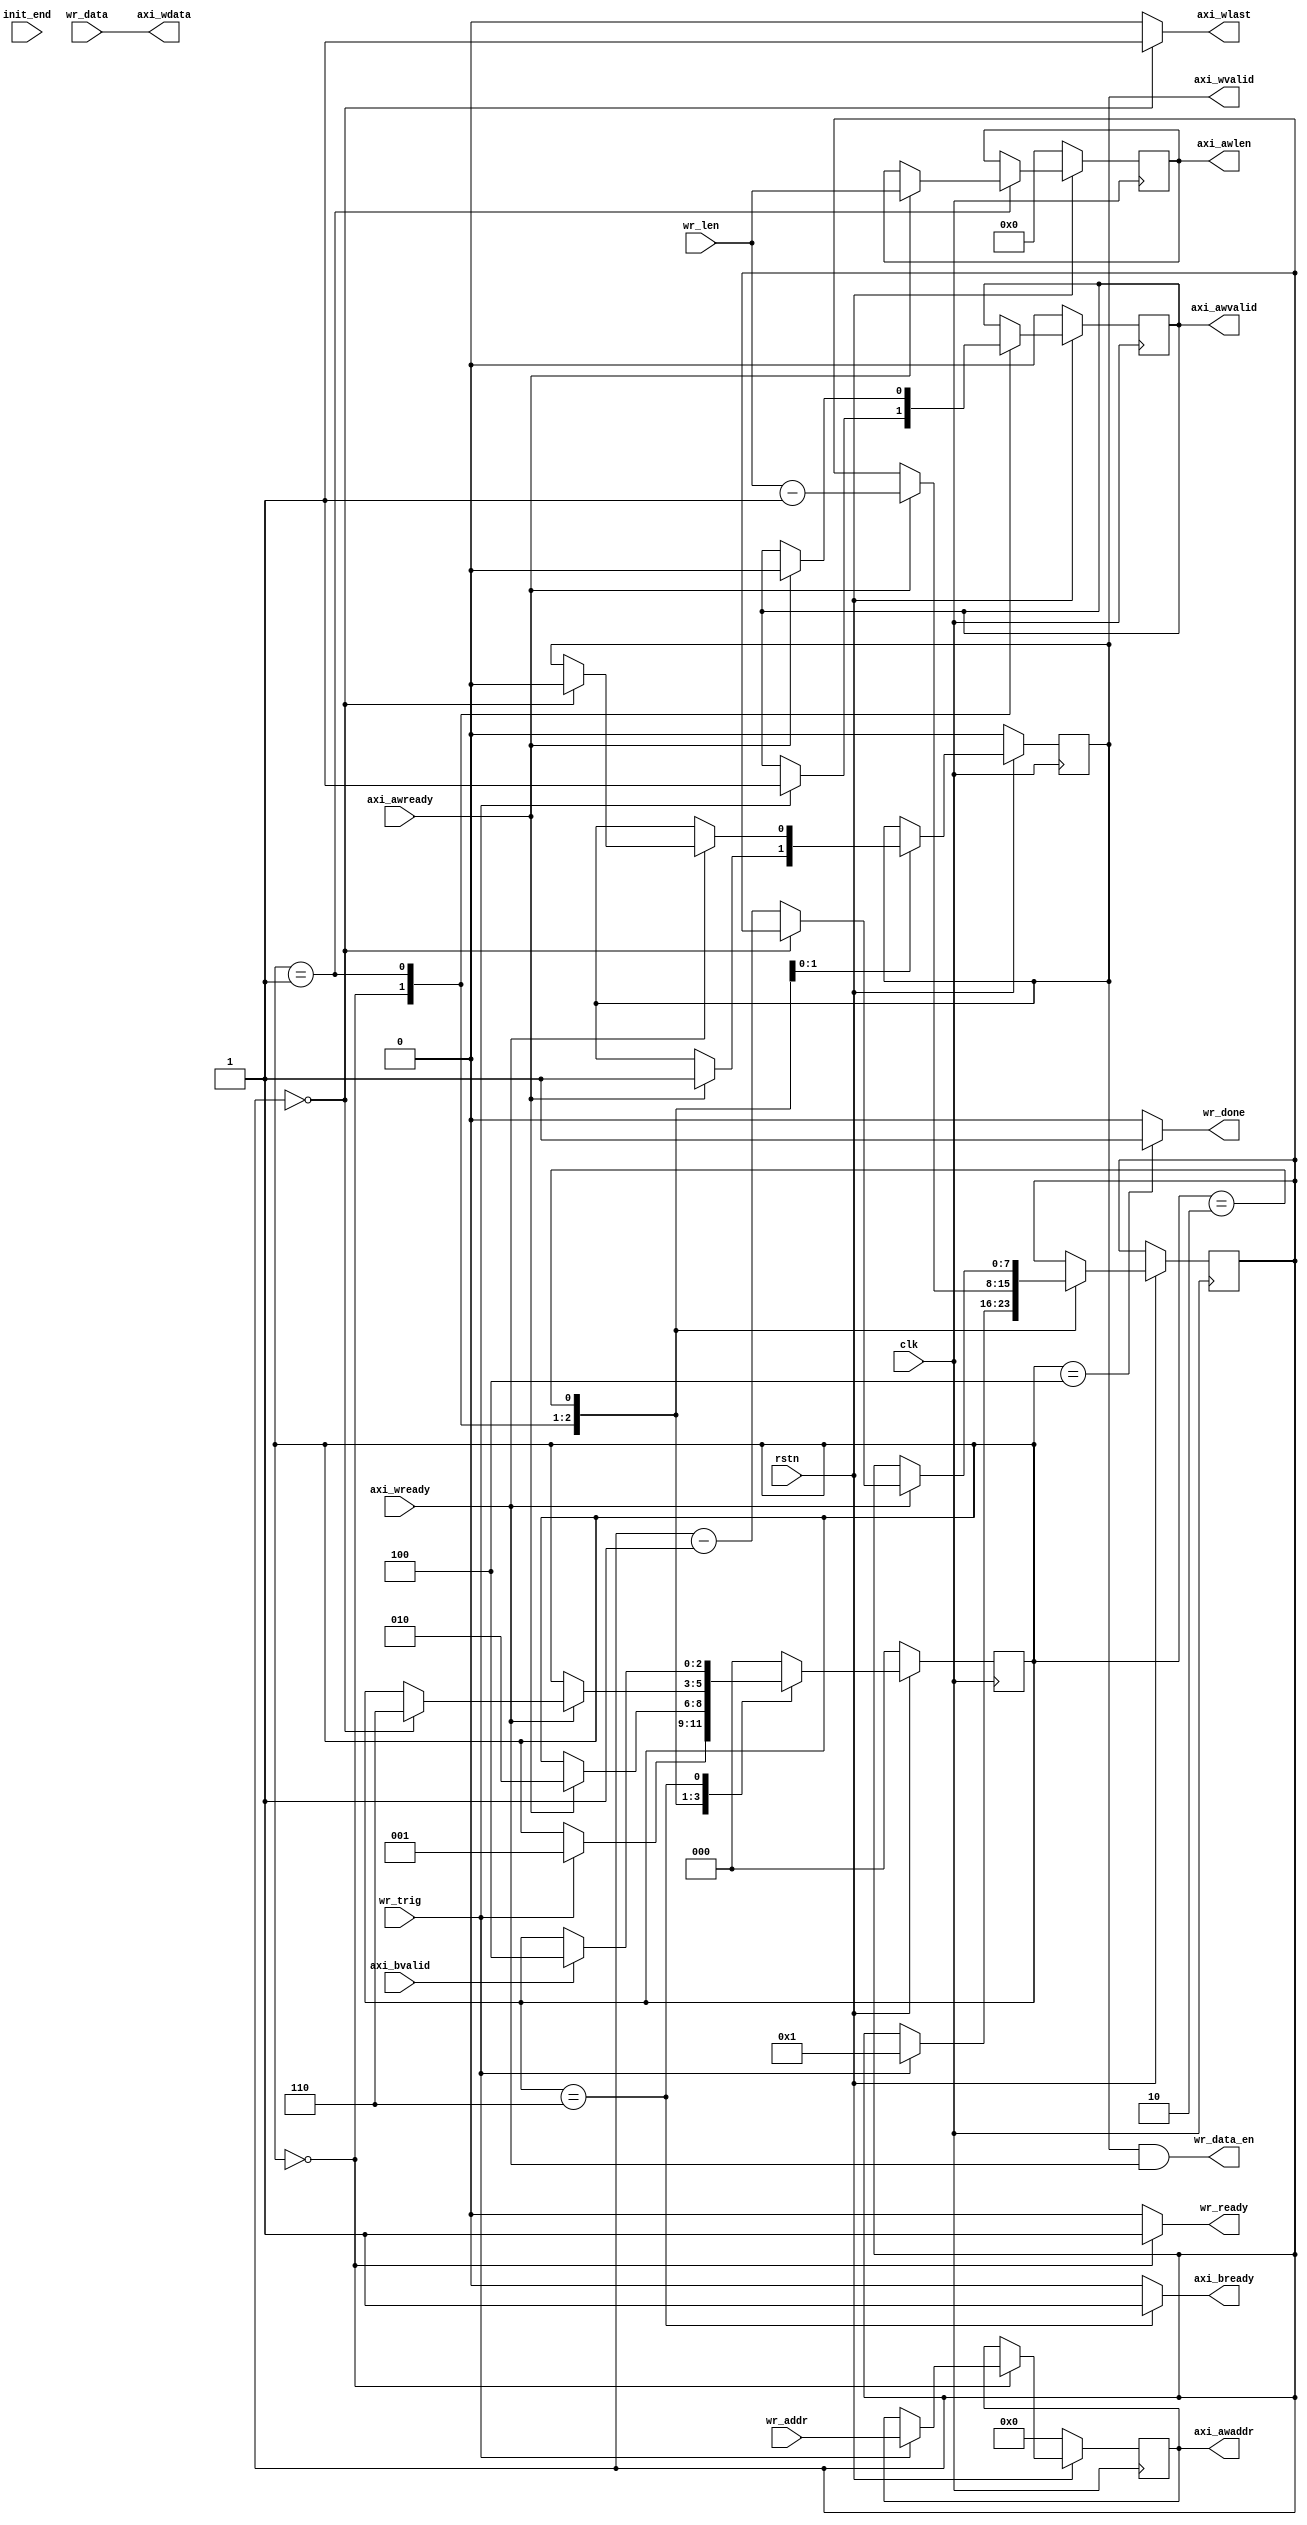
module axi_wr_master #(
    parameter           ADDR_WIDTH  = 27,
    parameter           DATA_WIDTH  = 16,
    parameter           DATA_LEVEL  = 2,
    parameter           COL_BITS    = 10, // Number of Column bits
    parameter   [7:0]   WBURST_LEN  = 8'd8,
    parameter   [7:0]   RBURST_LEN  = 8'd8 
)(
    input   wire                        rstn,
    input   wire                        clk,
    input   wire                        init_end,

    input   wire                        wr_trig,
    input   wire                [7:0]   wr_len,
    input   wire     [DATA_WIDTH-1:0]   wr_data,
    output  wire                        wr_data_en,
    input   wire     [ADDR_WIDTH-1:0]   wr_addr,
    output  wire                        wr_ready,
    output  wire                        wr_done,

    //AXI总线
    // output  wire                [3:0]   axi_awid, 
    output  reg                         axi_awvalid,
    input   wire                        axi_awready,
    output  reg      [ADDR_WIDTH-1:0]   axi_awaddr,
    output  reg      [           7:0]   axi_awlen,
    // output  wire     [           1:0]   axi_awsize,
    output  reg                         axi_wvalid,
    input   wire                        axi_wready,
    output  wire                        axi_wlast,
    output  wire     [DATA_WIDTH-1:0]   axi_wdata,
    input   wire                        axi_bvalid,
    output  wire                           axi_bready


);


reg     [2:0]   state_w;
reg     [7:0]   wr_data_cnt;
//state_w
parameter   IDLE    = 3'b000;
parameter   AW      = 3'b001;
parameter   AW1     = 3'b011;
parameter   W       = 3'b010;   
parameter   B       = 3'b110;
parameter   DONE    = 3'b100;

assign wr_ready = state_w == IDLE ? 1'b1 : 1'b0;
assign wr_done = state_w == DONE ? 1'b1 : 1'b0;
assign wr_data_en = axi_wvalid && axi_wready;

//暂时只有一个主机
// assign axi_awid = 4'b1111;

//当前总线数据宽度16位,两个字节
// assign axi_awsize = 2'b01;
//默认地址递增
//assign awburst = 2'b01;
assign axi_wdata = wr_data;
assign axi_wlast = wr_data_cnt == 'd0 ? 1'b1 : 1'b0;
assign axi_bready = state_w == B ? 1'b1 : 1'b0;


always @(posedge clk) begin
    if(!rstn) begin
        state_w <= IDLE;
        axi_awvalid <= 1'b0;
        axi_wvalid <= 1'b0;
        axi_awaddr <= 'd0;
        axi_awlen <= 'd0;
    end else begin
        case(state_w) 
            IDLE:begin
                if(wr_trig) begin
                    state_w <= AW;
                    axi_awvalid <= 1'b1;
                    axi_awaddr <= wr_addr;
                   
                        wr_data_cnt <= 'd1;
                end
            end

            AW:begin
                if(axi_awready) begin
                    state_w <= W;
                    axi_awvalid <= 1'b0;
                    axi_wvalid <= 1'b1;
                    axi_awlen <= wr_len;
                    wr_data_cnt <= wr_len - 'd1;
                end
            end

            W:begin
                if(axi_wready) begin
                    if(wr_data_cnt == 8'd0) begin
                        state_w <= B;
                        axi_wvalid <= 1'b0;
                    end else
                        wr_data_cnt <= wr_data_cnt - 'd1;
                end
            end
            B:begin
                if(axi_bvalid) 
                    state_w <= DONE;
            end

            DONE:
                state_w <= IDLE;
            default:
                state_w <= IDLE;
        endcase
    end

end



endmodule